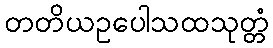
တတိယဥပေါသထသုတ္တံ